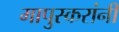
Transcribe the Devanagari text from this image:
मापुस्करांनी